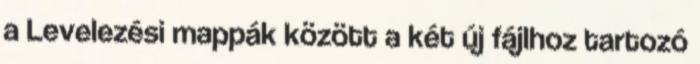
a Levelezési mappák között a két új fájlhoz tartozó